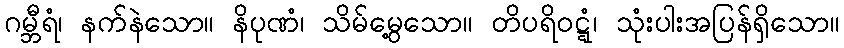
ဂမ္ဘီရံ၊ နက်နဲသော။ နိပုဏံ၊ သိမ်မွေ့သော။ တိပရိဝဋ္ဋံ၊ သုံးပါးအပြန်ရှိသော။